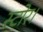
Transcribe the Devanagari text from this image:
स्टोर।